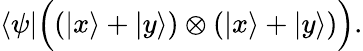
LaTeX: \langle\psi|{\Big(}(|x\rangle+|y\rangle)\otimes(|x\rangle+|y\rangle){\Big)}.